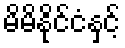
မိမိနိုင်ငံနှင့်